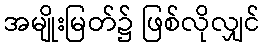
အမျိုးမြတ်၌ ဖြစ်လိုလျှင်